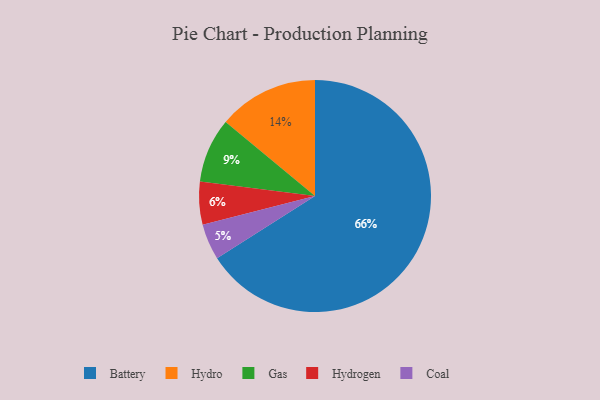
{"axis": {"x": "Category", "y": "Percentage"}, "legend": ["Battery", "Coal", "Gas", "Hydro", "Hydrogen"], "data": [{"x": "Hydrogen", "y": 6, "type": "Hydrogen"}, {"x": "Hydro", "y": 14, "type": "Hydro"}, {"x": "Battery", "y": 66, "type": "Battery"}, {"x": "Coal", "y": 5, "type": "Coal"}, {"x": "Gas", "y": 9, "type": "Gas"}]}